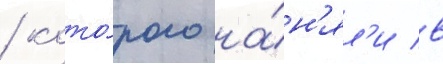
/ кото́рого на́н'ял'и в